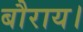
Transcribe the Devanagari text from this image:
बौराय।